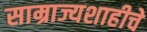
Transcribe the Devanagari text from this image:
साम्राज्यशाहीचे